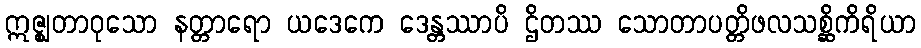
ဣဇ္ဈတာဝုသော နတ္တာရော ယဒေကေ ဒေန္တဿာပိ ဌိတဿ သောတာပတ္တိဖလသစ္ဆိကိရိယာ